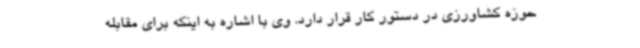
حوزه کشاورزی در دستور کار قرار دارد. وی با اشاره به اینکه برای مقابله